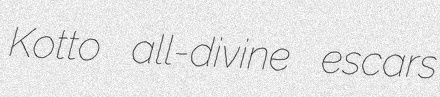
Kotto all-divine escars